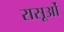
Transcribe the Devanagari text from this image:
रासूओं